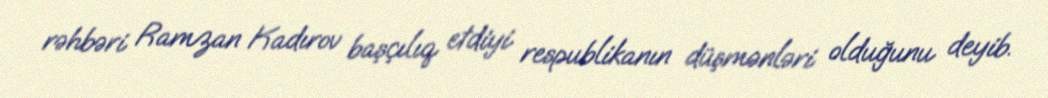
rəhbəri Ramzan Kadırov başçılıq etdiyi respublikanın düşmənləri olduğunu deyib.